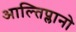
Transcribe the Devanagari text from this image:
आल्तिप्लानो